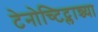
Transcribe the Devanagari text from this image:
टेनोच्टिट्लान्च्या